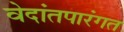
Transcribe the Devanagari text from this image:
वेदांतपारंगत